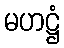
မဟဋ္ဌံ